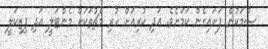
ސުމަކުން ފަށައިގެން ކަމަށެވެ. އަދި ކުރިއަށް ހުރި މެޗުތަކަށް މެންޓަލީ އަދި ފިޒިކަލީ